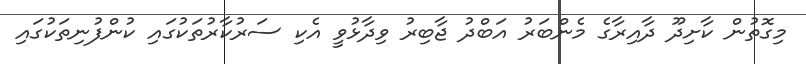
މިގޮތުން ކާށިދޫ ދާއިރާގެ މެންބަރު އަބްދު ޖާބިރު ވިދާޅުވީ އެކި ސަރުކާރުތަކުގައި ކުންފުނިތަކުގައި